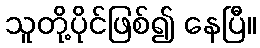
သူတို့ပိုင်ဖြစ်၍ နေပြီ။